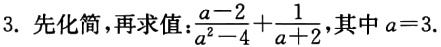
3. 先化简，再求值：$\frac{a - 2}{a^2 - 4}+\frac{1}{a + 2}$，其中$a = 3$.